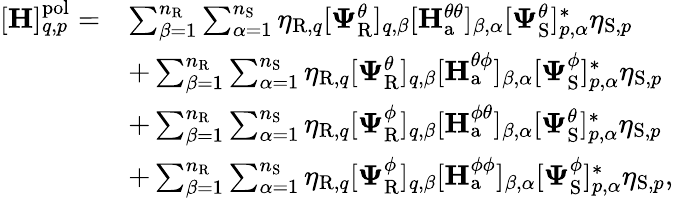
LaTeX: \begin{array}{rl}{[\mathbf{H}]_{q,p}^{\mathrm{pol}}=}&{\sum_{\beta=1}^{n_{\mathrm{R}}}\sum_{\alpha=1}^{n_{\mathrm{S}}}\eta_{\mathrm{R},q}[\boldsymbol{\Psi}_{\mathrm{R}}^{\theta}]_{q,\beta}[\mathbf{H}_{\mathrm{a}}^{\theta\theta}]_{\beta,\alpha}[\boldsymbol{\Psi}_{\mathrm{S}}^{\theta}]_{p,\alpha}^{*}\eta_{\mathrm{S},p}}\\ &{+\sum_{\beta=1}^{n_{\mathrm{R}}}\sum_{\alpha=1}^{n_{\mathrm{S}}}\eta_{\mathrm{R},q}[\boldsymbol{\Psi}_{\mathrm{R}}^{\theta}]_{q,\beta}[\mathbf{H}_{\mathrm{a}}^{\theta\phi}]_{\beta,\alpha}[\boldsymbol{\Psi}_{\mathrm{S}}^{\phi}]_{p,\alpha}^{*}\eta_{\mathrm{S},p}}\\ &{+\sum_{\beta=1}^{n_{\mathrm{R}}}\sum_{\alpha=1}^{n_{\mathrm{S}}}\eta_{\mathrm{R},q}[\boldsymbol{\Psi}_{\mathrm{R}}^{\phi}]_{q,\beta}[\mathbf{H}_{\mathrm{a}}^{\phi\theta}]_{\beta,\alpha}[\boldsymbol{\Psi}_{\mathrm{S}}^{\theta}]_{p,\alpha}^{*}\eta_{\mathrm{S},p}}\\ &{+\sum_{\beta=1}^{n_{\mathrm{R}}}\sum_{\alpha=1}^{n_{\mathrm{S}}}\eta_{\mathrm{R},q}[\boldsymbol{\Psi}_{\mathrm{R}}^{\phi}]_{q,\beta}[\mathbf{H}_{\mathrm{a}}^{\phi\phi}]_{\beta,\alpha}[\boldsymbol{\Psi}_{\mathrm{S}}^{\phi}]_{p,\alpha}^{*}\eta_{\mathrm{S},p},}\end{array}